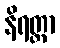
နိရတ္ထာ